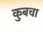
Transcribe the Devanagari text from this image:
कुबचा